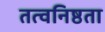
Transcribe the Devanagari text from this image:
तत्वनिष्ठता